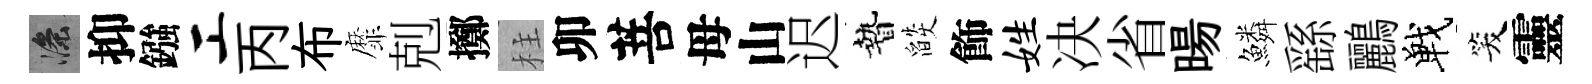
滌抑鏹工丙布靡剋擲柱卯菩母山迟贄燄飾姓决省暘鱗繇鸝戰笑靈